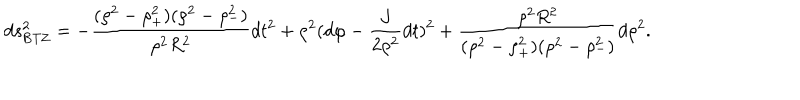
d s _ { \mathrm { B T Z } } ^ { 2 } = - { \frac { ( \rho ^ { 2 } - \rho _ { + } ^ { 2 } ) ( \rho ^ { 2 } - \rho _ { - } ^ { 2 } ) } { \rho ^ { 2 } R ^ { 2 } } } d t ^ { 2 } + \rho ^ { 2 } ( d \varphi - { \frac { J } { 2 \rho ^ { 2 } } } d t ) ^ { 2 } + { \frac { \rho ^ { 2 } R ^ { 2 } } { ( \rho ^ { 2 } - \rho _ { + } ^ { 2 } ) ( \rho ^ { 2 } - \rho _ { - } ^ { 2 } ) } } d \rho ^ { 2 } .